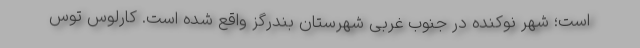
است؛ شهر نوکنده در جنوب غربی شهرستان بندرگز واقع شده است. کارلوس توس